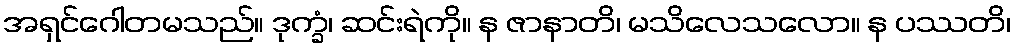
အရှင်ဂေါတမသည်။ ဒုက္ခံ၊ ဆင်းရဲကို။ န ဇာနာတိ၊ မသိလေသလော။ န ပဿတိ၊